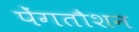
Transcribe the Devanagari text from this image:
पेंगतौशन